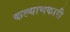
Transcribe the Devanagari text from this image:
कल्‍याणकारी